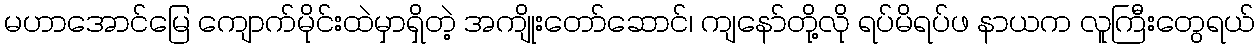
မဟာအောင်မြေ ကျောက်မိုင်းထဲမှာရှိတဲ့ အကျိုးတော်ဆောင်၊ ကျနော်တို့လို ရပ်မိရပ်ဖ နာယက လူကြီးတွေရယ်